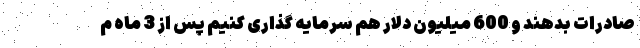
صادرات بدهند و 600 میلیون دلار هم سرمایه گذاری کنیم پس از 3 ماه م